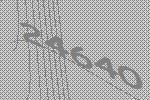
24640